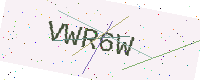
Text: VWR6W